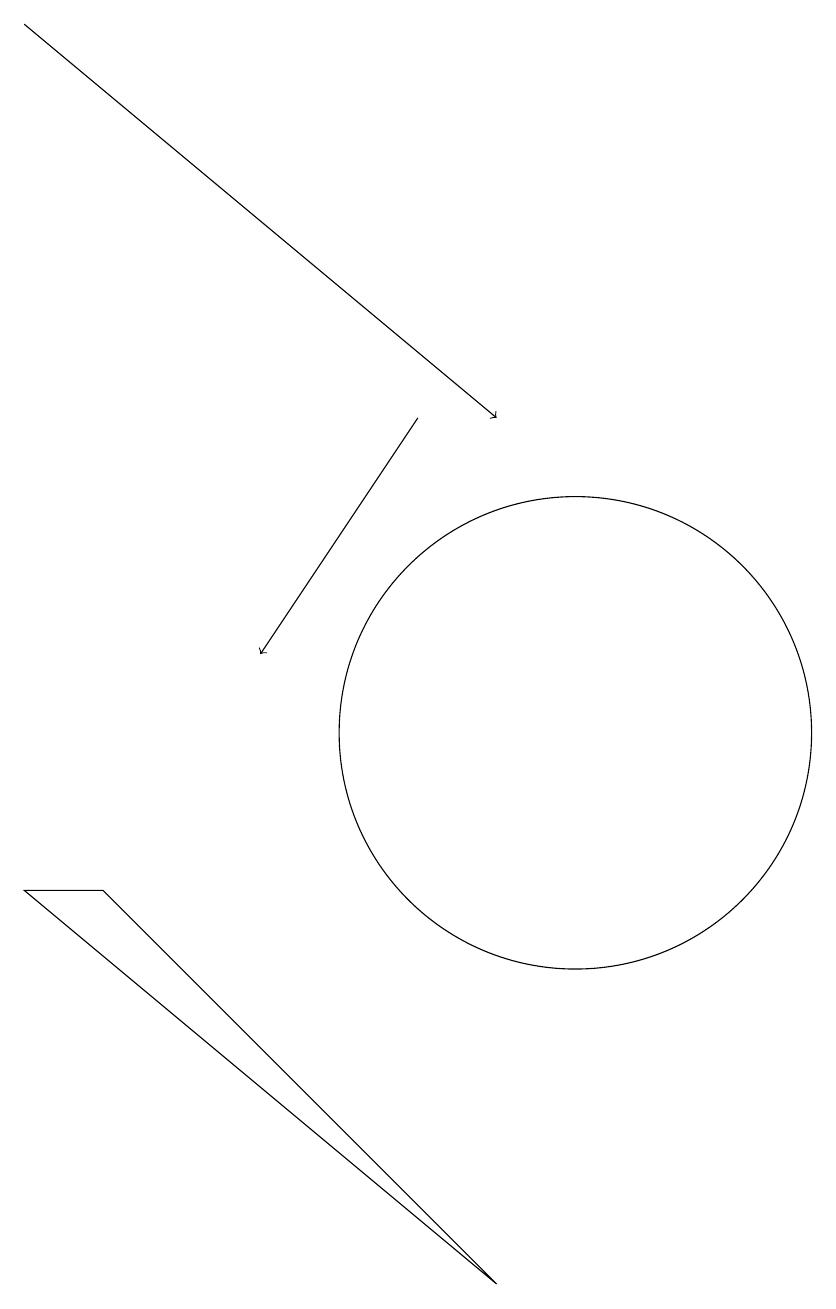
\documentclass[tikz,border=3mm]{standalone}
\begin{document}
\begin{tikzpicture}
\draw[->] (8,14) -- (6,11);
\draw[->] (3,19) -- (9,14);
\draw (10,10) circle (3);
\draw (9,3) -- (4,8) -- (3,8) -- cycle;
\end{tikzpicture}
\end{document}